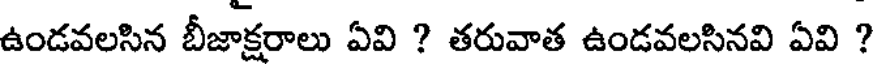
ఉండవలసిన బీజాక్షరాలు ఏవి ? తరువాత ఉండవలసినవి ఏవి ?